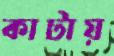
কাটায়